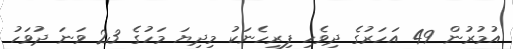
އުމުރުން 49 އަހަރުގެ ދިވެހި ފިރިހެނަކު މިދިޔަ މަހުގެ 23 ވަނަ ދުވަހު